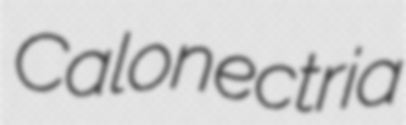
Calonectria